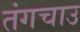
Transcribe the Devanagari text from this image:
तंगचाउ